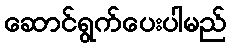
ဆောင်ရွက်ပေးပါမည်